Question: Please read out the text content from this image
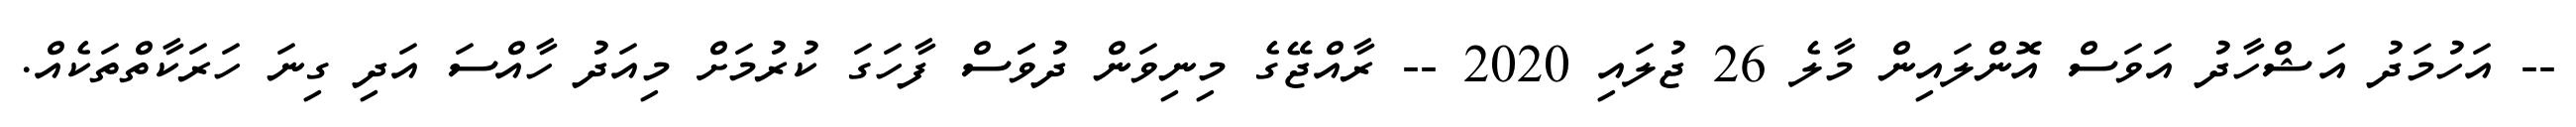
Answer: -- އަހުމަދު އަޝްހާދު އަވަސް އޮންލައިން މާލެ 26 ޖުލައި 2020 -- ރާއްޖޭގެ މިނިވަން ދުވަަސް ފާހަގަ ކުރުމަށް މިއަދު ހާއްސަ އަދި ގިނަ ހަރަކާތްތަކެއް.